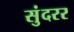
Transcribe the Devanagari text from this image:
सुंदरर